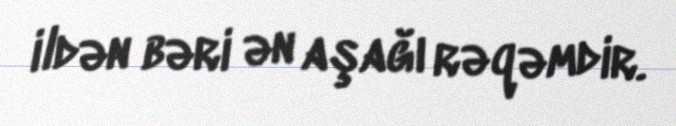
ildən bəri ən aşağı rəqəmdir.